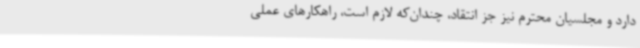
دارد و مجلسیان محترم نیز جز انتقاد، چندان‌که لازم است، راهکارهای عملی